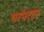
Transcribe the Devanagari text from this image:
परंपरएन